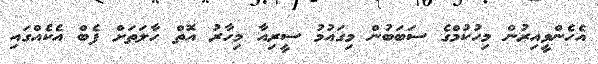
އެހެންވީއިރުން މިހުކުމްގެ ސަބަބުުން މިގައުމު ސީރިއާ މިހާރު އޮތް ހާލަތަށް ފެބް އެކެއްގައި